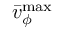
\bar { v } _ { \phi } ^ { \operatorname* { m a x } }